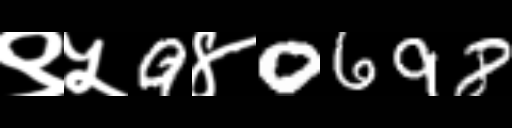
Text: ९५9४0698